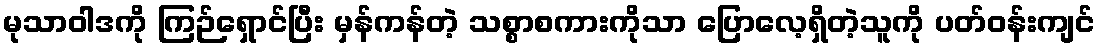
မုသာဝါဒကို ကြဉ်ရှောင်ပြီး မှန်ကန်တဲ့ သစ္စာစကားကိုသာ ပြောလေ့ရှိတဲ့သူကို ပတ်ဝန်းကျင်